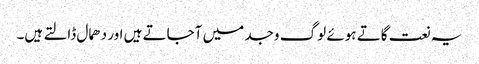
یہ نعت گاتے ہوئے لوگ وجد میں آجاتے ہیں اور دھمال ڈالتے ہیں۔